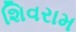
શિવરામ